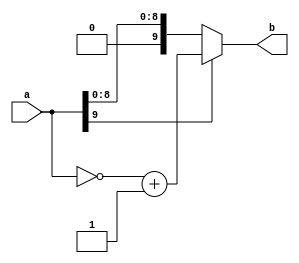
module Abs 
#(parameter WIDTH=10)
(a, b);

input [WIDTH-1:0] a;
output [WIDTH-1:0] b;

assign b = a[WIDTH-1]?(~a + 1'b1):a;

endmodule